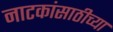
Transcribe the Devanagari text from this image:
नाटकांसाठीच्या